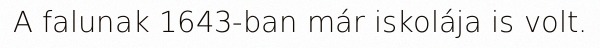
A falunak 1643-ban már iskolája is volt.